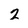
Character: 2